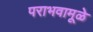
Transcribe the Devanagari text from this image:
पराभवामूळे